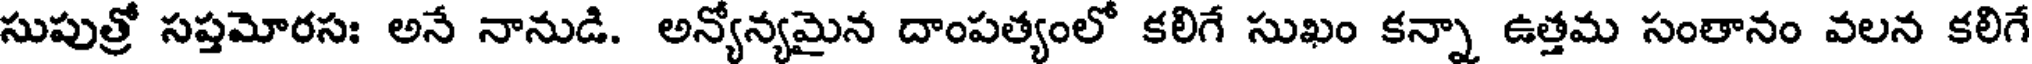
సుపుత్రో సప్తమోరసః అనే నానుడి. అన్యోన్యమైన దాంపత్యంలో కలిగే సుఖం కన్నా ఉత్తమ సంతానం వలన కలిగే